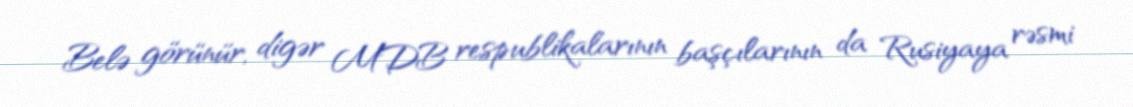
Belə görünür, digər MDB respublikalarının başçılarının da Rusiyaya rəsmi